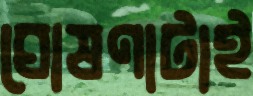
ঘোষণাটাই